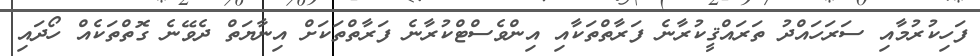
ފަހިކުރުމާއި ސަރަހައްދު ތަރައްޤީކުރާނެ ފަރާތްތަކާއި އިންވެސްޓްކުރާނެ ފަރާތްތަކަށް އިނާޔަތް ދެވޭނެ ގޮތްތަކެއް ހޯދައި